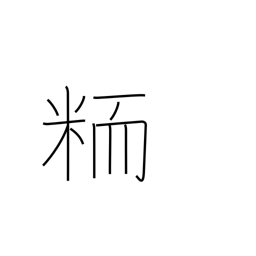
Meaning: nonglutinous grain